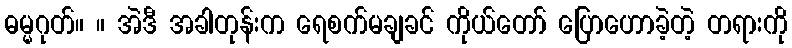
ဓမ္မဂုတ်။ ။ အဲဒီ အခါတုန်းက ရေစက်မချခင် ကိုယ်တော် ပြောဟောခဲ့တဲ့ တရားကို